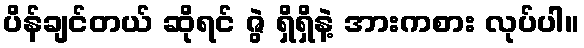
ပိန်ချင်တယ် ဆိုရင် ဇွဲ ရှိရှိနဲ့ အားကစား လုပ်ပါ။